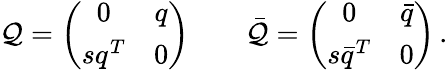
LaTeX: \mathcal{Q}=\left(\begin{array}{cc}{{0}}&{{q}}\\ {{sq^{T}}}&{{0}}\end{array}\right)\qquad\bar{{\mathcal{Q}}}=\left(\begin{array}{cc}{{0}}&{{\bar{q}}}\\ {{s\bar{q}^{T}}}&{{0}}\end{array}\right)\, .